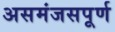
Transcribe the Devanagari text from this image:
असमंजसपूर्ण